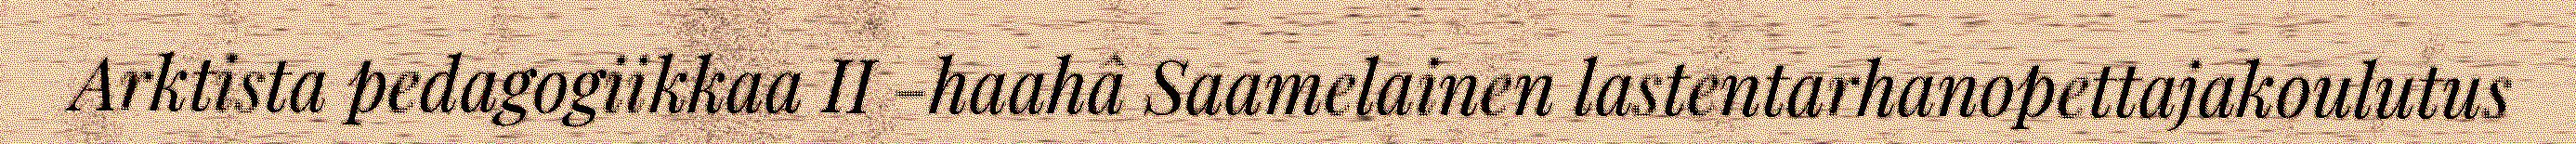
Arktista pedagogiikkaa II -haahâ Saamelainen lastentarhanopettajakoulutus